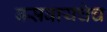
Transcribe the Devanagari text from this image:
बसवायचेच